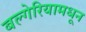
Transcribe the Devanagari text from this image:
बल्गेरियामधून